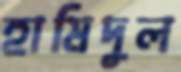
হামিদুল